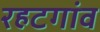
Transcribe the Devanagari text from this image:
रहटगांव